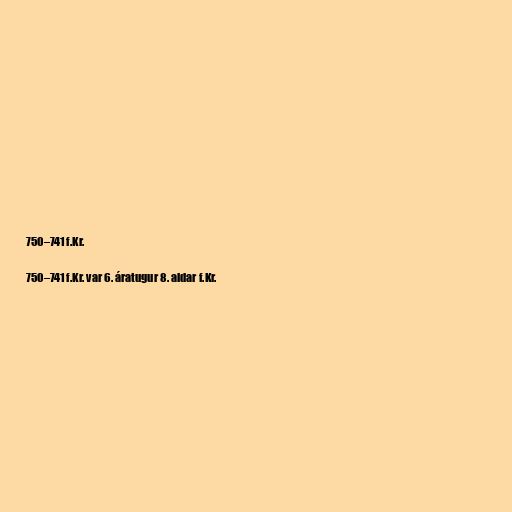
750–741 f.Kr.

750–741 f.Kr. var 6. áratugur 8. aldar f.Kr.